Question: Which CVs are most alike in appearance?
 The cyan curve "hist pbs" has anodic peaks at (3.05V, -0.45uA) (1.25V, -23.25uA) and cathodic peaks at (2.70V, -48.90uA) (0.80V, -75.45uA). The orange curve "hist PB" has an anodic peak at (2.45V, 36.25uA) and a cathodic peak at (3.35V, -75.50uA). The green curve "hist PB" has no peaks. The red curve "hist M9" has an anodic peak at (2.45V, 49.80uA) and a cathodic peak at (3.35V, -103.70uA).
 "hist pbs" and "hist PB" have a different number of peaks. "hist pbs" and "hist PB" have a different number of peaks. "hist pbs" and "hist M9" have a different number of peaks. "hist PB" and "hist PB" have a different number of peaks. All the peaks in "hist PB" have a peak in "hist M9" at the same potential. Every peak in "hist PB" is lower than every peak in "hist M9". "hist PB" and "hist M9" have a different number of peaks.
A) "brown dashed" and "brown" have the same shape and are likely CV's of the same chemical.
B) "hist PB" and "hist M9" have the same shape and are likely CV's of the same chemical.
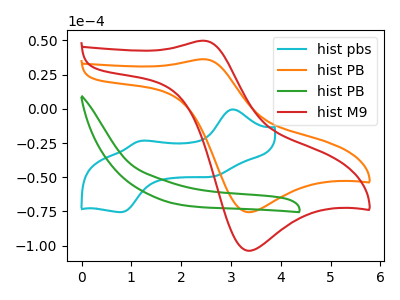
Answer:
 <answer>B) "hist PB" and "hist M9" have the same shape and are likely CV's of the same chemical.</answer>
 <eval>B</eval>